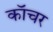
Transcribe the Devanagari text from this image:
कॉचर